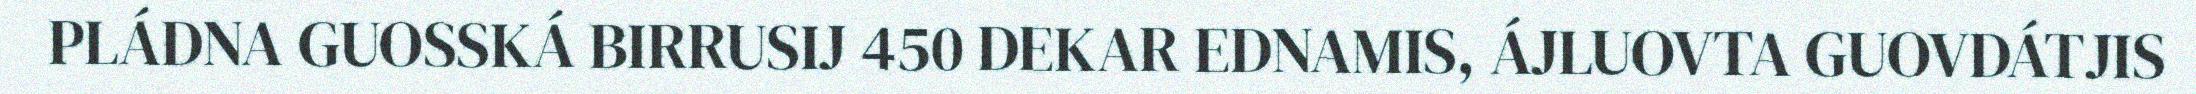
PLÁDNA GUOSSKÁ BIRRUSIJ 450 DEKAR EDNAMIS, ÁJLUOVTA GUOVDÁTJIS